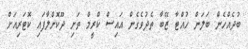
ބުދެއްހެން ބަލަން ހުއްޓާ ޒޭބާ ތެދުވެގެން އައިސް ކްރީމް ތަށި ދޫކޮށްލާފައި ކޮޓަރިއަށް